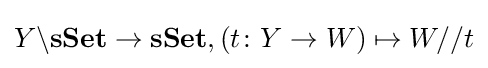
Y\backslash \mathbf {sSet} \rightarrow \mathbf {sSet} ,(t\colon Y\rightarrow W)\mapsto W//t